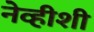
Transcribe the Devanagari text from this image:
नेव्हीशी